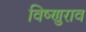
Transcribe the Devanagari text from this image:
विष्णुराव